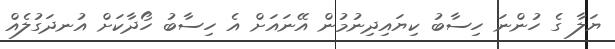
ޔަލާ ގެ ހުންނަ ހިސާބު ކިޔައިދިނުމުން އޭނައަށް އެ ހިސާބު ހޯދާކަށް އުނދަގުލެއް